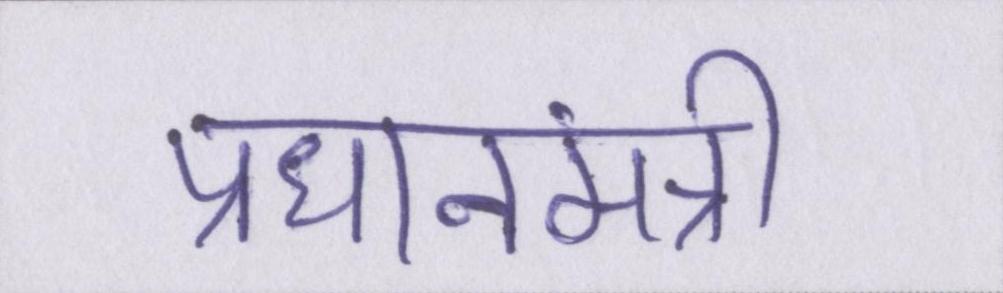
प्रधानमंत्री